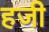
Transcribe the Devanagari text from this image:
हजी